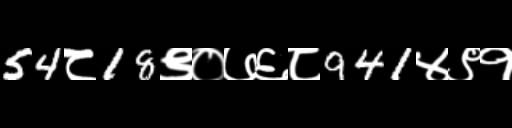
Text: 54८18९०७६८941४९१